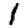
Digit: 1